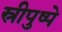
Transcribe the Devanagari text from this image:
स्रीपुष्पे